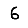
Digit: 6